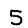
Digit: 5